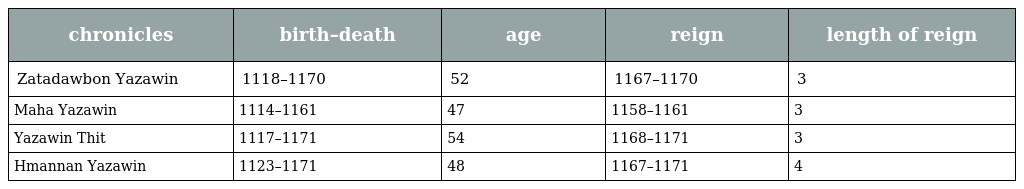
| chronicles | birth–death | age | reign | length of reign |
 | --- | --- | --- | --- | --- |
 | Zatadawbon Yazawin | 1118–1170 | 52 | 1167–1170 | 3 |
 | Maha Yazawin | 1114–1161 | 47 | 1158–1161 | 3 |
 | Yazawin Thit | 1117–1171 | 54 | 1168–1171 | 3 |
 | Hmannan Yazawin | 1123–1171 | 48 | 1167–1171 | 4 |